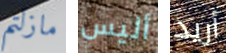
مازلتم أليس أريد